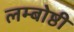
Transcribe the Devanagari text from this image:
लम्बोष्ठी